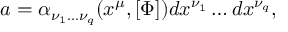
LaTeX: a = \alpha _ { \nu _ { 1 } \ldots \nu _ { q } } ( x ^ { \mu } , [ \Phi ] ) d x ^ { \nu _ { 1 } } \ldots d x ^ { \nu _ { q } } ,